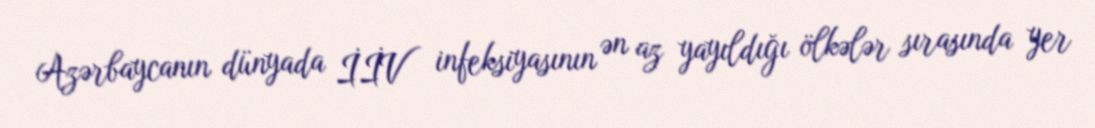
Azərbaycanın dünyada İİV infeksiyasının ən az yayıldığı ölkələr sırasında yer